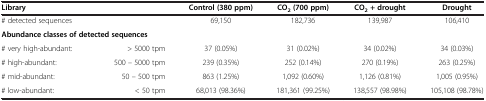
<table><thead><tr><td colspan="2"><b>Library</b></td><td><b>Control (380 ppm)</b></td><td><b>CO<sub>2 </sub>(700 ppm)</b></td><td><b>CO<sub>2 </sub>+ drought</b></td><td><b>Drought</b></td></tr></thead><tbody><tr><td colspan="2"># detected sequences</td><td>69,150</td><td>182,736</td><td>139,987</td><td>106,410</td></tr><tr><td colspan="2"><b>Abundance classes of detected sequences</b></td><td>[EMPTY_CELL]</td><td>[EMPTY_CELL]</td><td>[EMPTY_CELL]</td><td>[EMPTY_CELL]</td></tr><tr><td># very high-abundant:</td><td>&gt; 5000 tpm</td><td>37 (0.05%)</td><td>31 (0.02%)</td><td>34 (0.02%)</td><td>34 (0.03%)</td></tr><tr><td># high-abundant:</td><td>500 – 5000 tpm</td><td>239 (0.35%)</td><td>252 (0.14%)</td><td>270 (0.19%)</td><td>263 (0.25%)</td></tr><tr><td># mid-abundant:</td><td>50 – 500 tpm</td><td>863 (1.25%)</td><td>1,092 (0.60%)</td><td>1,126 (0.81%)</td><td>1,005 (0.95%)</td></tr><tr><td># low-abundant:</td><td>&lt; 50 tpm</td><td>68,013 (98.36%)</td><td>181,361 (99.25%)</td><td>138,557 (98.98%)</td><td>105,108 (98.78%)</td></tr></tbody></table>